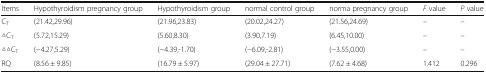
| Items | Hypothyroidism pregnancy group | Hypothyroidism group | normal control group | norma pregnancy group | F value | P value |
 | --- | --- | --- | --- | --- | --- | --- |
 | CT | (21.42,29.96) | (21.96,23.83) | (20.02,24.27) | (21.56,24.69) | – | – |
 | △CT | (5.72,15.29) | (5.60,8.30) | (3.90,7.19) | (6.45,10.00) | – | – |
 | △△CT | (−4.27,5.29) | (−4.39,-1.70) | (−6.09,-2.81) | (−3.55,0.00) | – | – |
 | RQ | (8.56 ± 9.85) | (16.79 ± 5.97) | (29.04 ± 27.71) | (7.62 ± 4.68) | 1.412 | 0.296 |